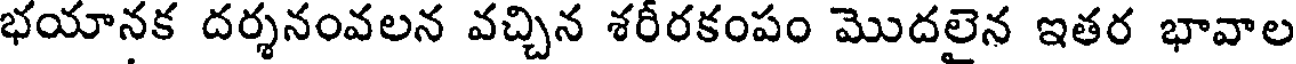
భయానక దర్శనంవలన వచ్చిన శరీరకంపం మొదలైన ఇతర భావాల